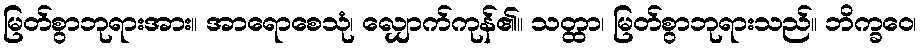
မြတ်စွာဘုရားအား။ အာရောစေသုံ၊ လျှောက်ကုန်၏။ သတ္ထာ၊ မြတ်စွာဘုရားသည်။ ဘိက္ခဝေ၊